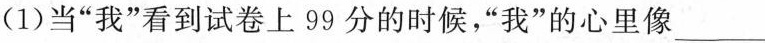
(1)当”我”看到试卷上99分的时候，”我”的心里像___